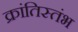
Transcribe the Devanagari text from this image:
क्रांतिस्तंभ